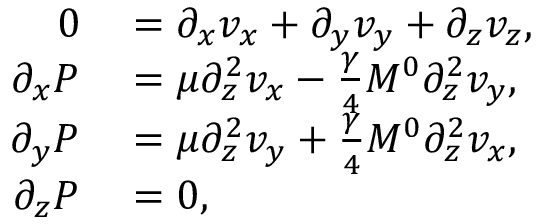
\begin{array} { r l } { 0 } & { { } = \partial _ { x } v _ { x } + \partial _ { y } v _ { y } + \partial _ { z } v _ { z } , } \\ { \partial _ { x } P } & { { } = \mu \partial _ { z } ^ { 2 } v _ { x } - \frac { \gamma } { 4 } M ^ { 0 } \partial _ { z } ^ { 2 } v _ { y } , } \\ { \partial _ { y } P } & { { } = \mu \partial _ { z } ^ { 2 } v _ { y } + \frac { \gamma } { 4 } M ^ { 0 } \partial _ { z } ^ { 2 } v _ { x } , } \\ { \partial _ { z } P } & { { } = 0 , } \end{array}